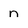
Character: n